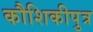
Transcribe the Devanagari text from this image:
कौशिकीपुत्र